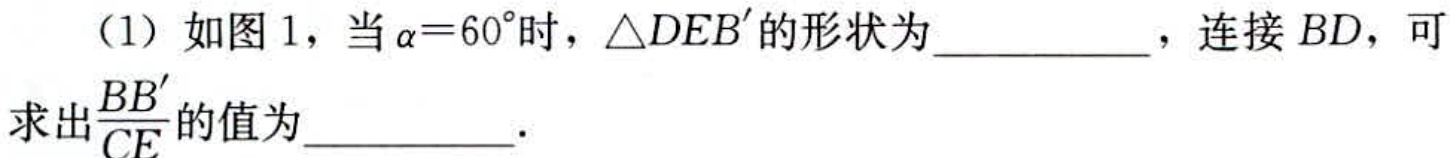
（1）如图1，当\(\alpha = 60^{\circ}\)时，\(\triangle DEB'\)的形状为  ，连接\(BD\)，可求出\(\frac{BB'}{CE}\)的值为  ．